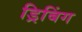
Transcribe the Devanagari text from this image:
ड्रिबिंग